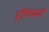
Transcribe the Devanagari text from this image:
हॉफबर्ग